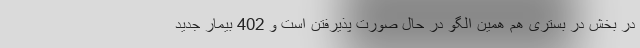
در بخش در بستری هم همین الگو در حال صورت پذیرفتن است و 402 بیمار جدید